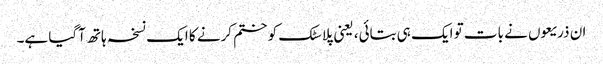
ان ذریعوں نے بات تو ایک ہی بتائی، یعنی پلاسٹک کو ختم کرنے کا ایک نسخہ ہاتھ آگیا ہے۔